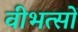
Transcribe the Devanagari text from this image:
वीभत्सों